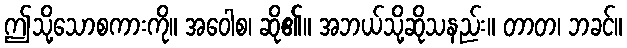
ဤသို့သောစကားကို။ အဝေါစ၊ ဆို၏။ အဘယ်သို့ဆိုသနည်း။ တာတ၊ ဘခင်။